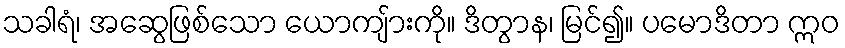
သခါရံ၊ အဆွေဖြစ်သော ယောကျ်ားကို။ ဒိတွာန၊ မြင်၍။ ပမောဒိတာ ဣဝ